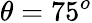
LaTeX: \theta=75^{o}